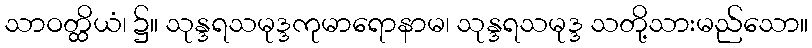
သာဝတ္ထိယံ၊ ၌။ သုန္ဒရသမုဒ္ဒကုမာရောနာမ၊ သုန္ဒရသမုဒ္ဒ သတို့သားမည်သော။